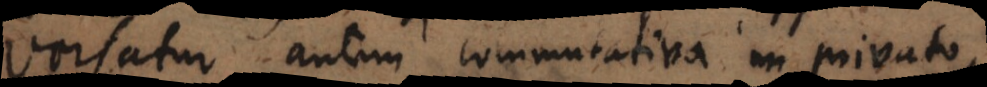
Versatur autem commutativa in privato,